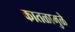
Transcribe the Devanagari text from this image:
कातळामुळे